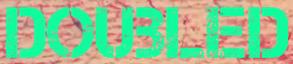
DOUBLED